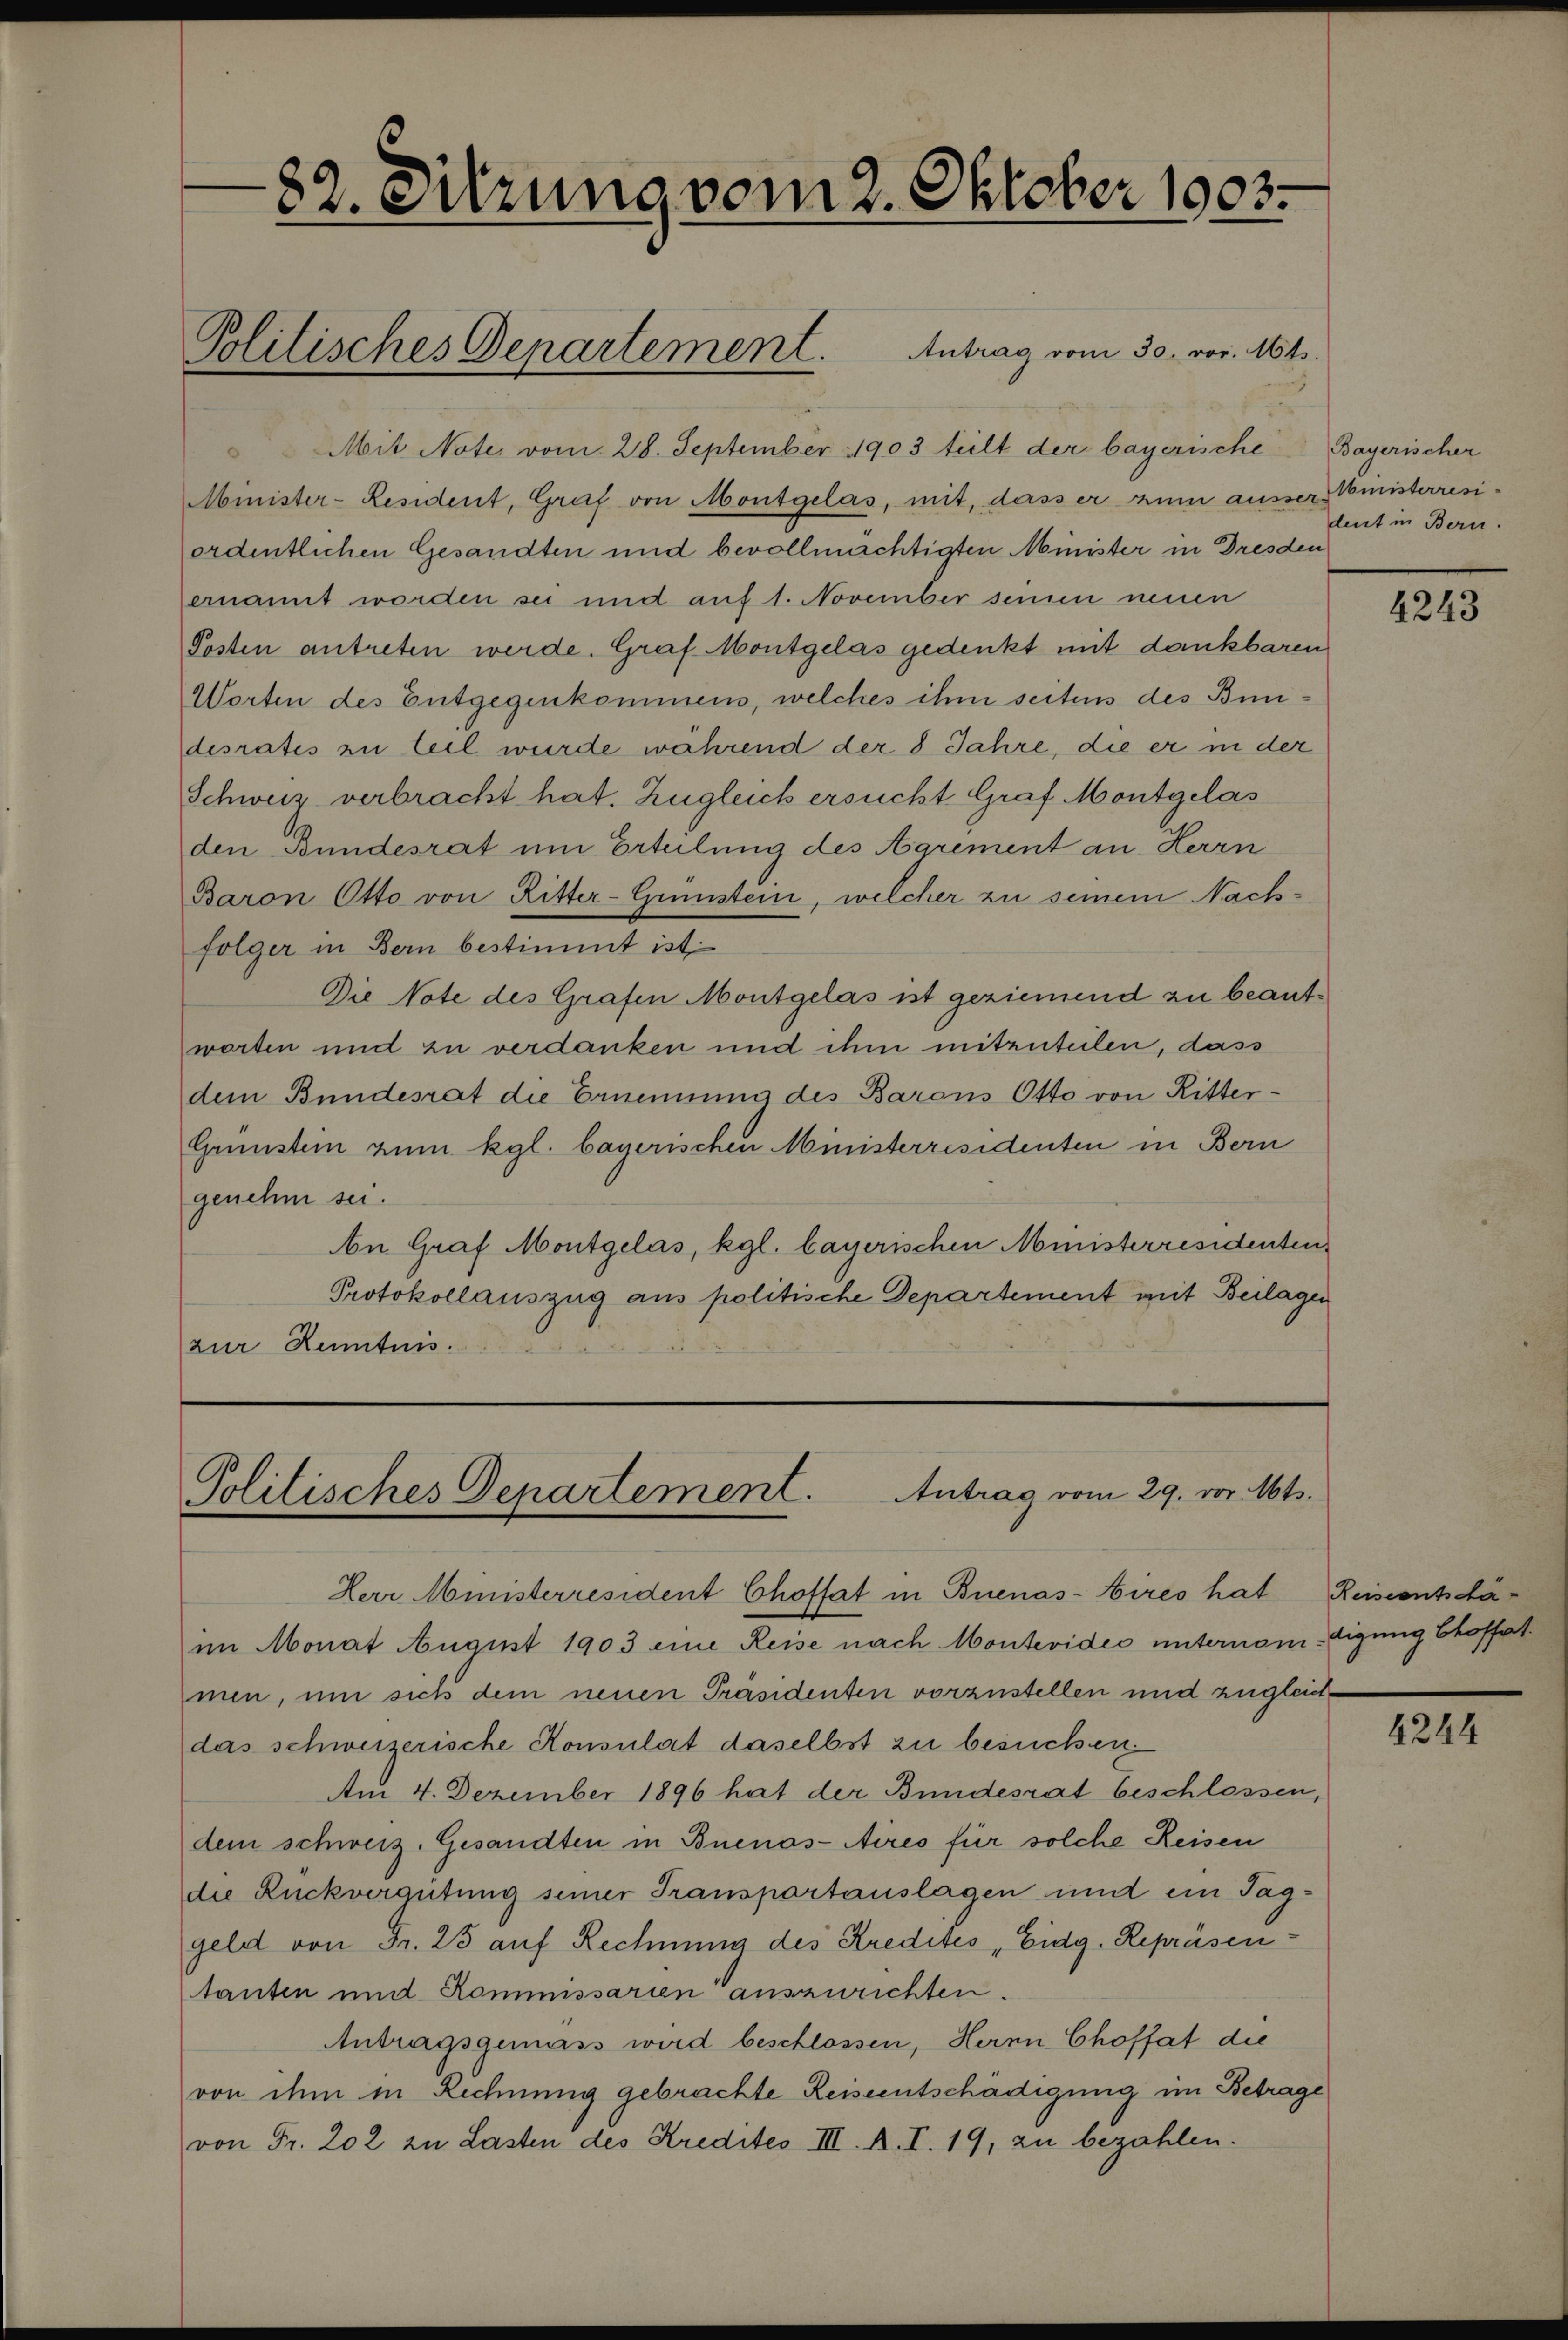
82. Sitzung vom 2. Oktober 1903.

Mit Note vom 28. September 1903 teilt der bayerische Bayerischer
Minister-Resident, Graf von Montgelas, mit, dass er zum ausser Ministerresiordentlichen Gesandten und bevollmächtigten Minister in Dresden
ernannt worden sei und auf 1. November seinen neuen
Posten antreten werde. Graf Montgelas gedenkt mit dankbaren
Worten des Entgegenkommens, welches ihm seitens des Bundesrates zu teil wurde während der 8 Jahre, die er in der
Schweiz verbracht hat. Zugleich ersucht, Graf Montgelas
den Bundesrat um Erteilung des Agrement an Herrn
Baron Otto von Ritter-Grünstein, welcher zu seinem Nachfolger in Bern bestimmt ist
Die Note des Grafen Montgelas ist geziemend zu beantworten und zu verdanken und ihm mitzuteilen, dass
dem Bundesrat die Ernennung des Barons Otto von Ritter¬
Grünstein zum kgl. bayerischen Ministerresidenten in Bern
genehm sei.
An Graf Montgelas, kgl. bayerischen Ministerresidenten
Protokollauszug aus politische Departement mit Beilagen
zur Kenntnis.

Politisches Departement. Antrag vom 30. vor. Mts.

Politisches Departement. Antrag vom 29. vor. Mts.

Herr Ministerresident Choffat in Buenas-Hires hat
im Monat August 1903 eine Reise nach Montevideo unternom-digung Choffat
men, um sich dem neuen Präsidenten vorzustellen und zugleichdas schweizerische Konsulat daselbst zu besuchen.
Am 4. Dezember 1896 hat der Bundesrat beschlossen,
dem schweiz. Gesandten in Buenos-Aires für solche Reisen
die Rückvergütung seiner Transportauslagen und ein Taggeld von Fr. 25 auf Rechnung des Kredites „Eidg. Repräsentanten und Kommissarien auszurichten.
Antragsgemäss wird beschlossen, Herrn Choffat die
von dem in Rechnung gebrachte Reiseentschädigung im Betrage
von Fr. 202 zu Lasten des Kredites III. A. I. 19, zu bezahlen.

dent in Bern.

4243

Reiseentsta-

4244